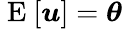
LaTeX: \mathrm{~E~}[\boldsymbol{u}]=\boldsymbol{\theta}